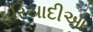
ફરિયાદીઓ